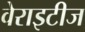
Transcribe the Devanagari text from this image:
वेराइटीज